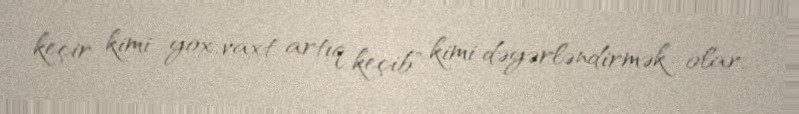
keçir kimi yox, vaxt artıq keçib" kimi dəyərləndirmək olar.